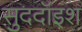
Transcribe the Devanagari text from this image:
सुददॉइश